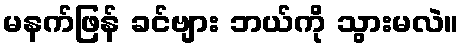
မနက်ဖြန် ခင်ဗျား ဘယ်ကို သွားမလဲ။